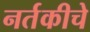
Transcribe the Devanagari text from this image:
नर्तकीचे